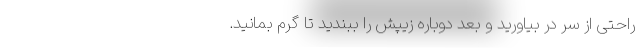
راحتی از سر در بیاورید و بعد دوباره زیپش را ببندید تا گرم بمانید.